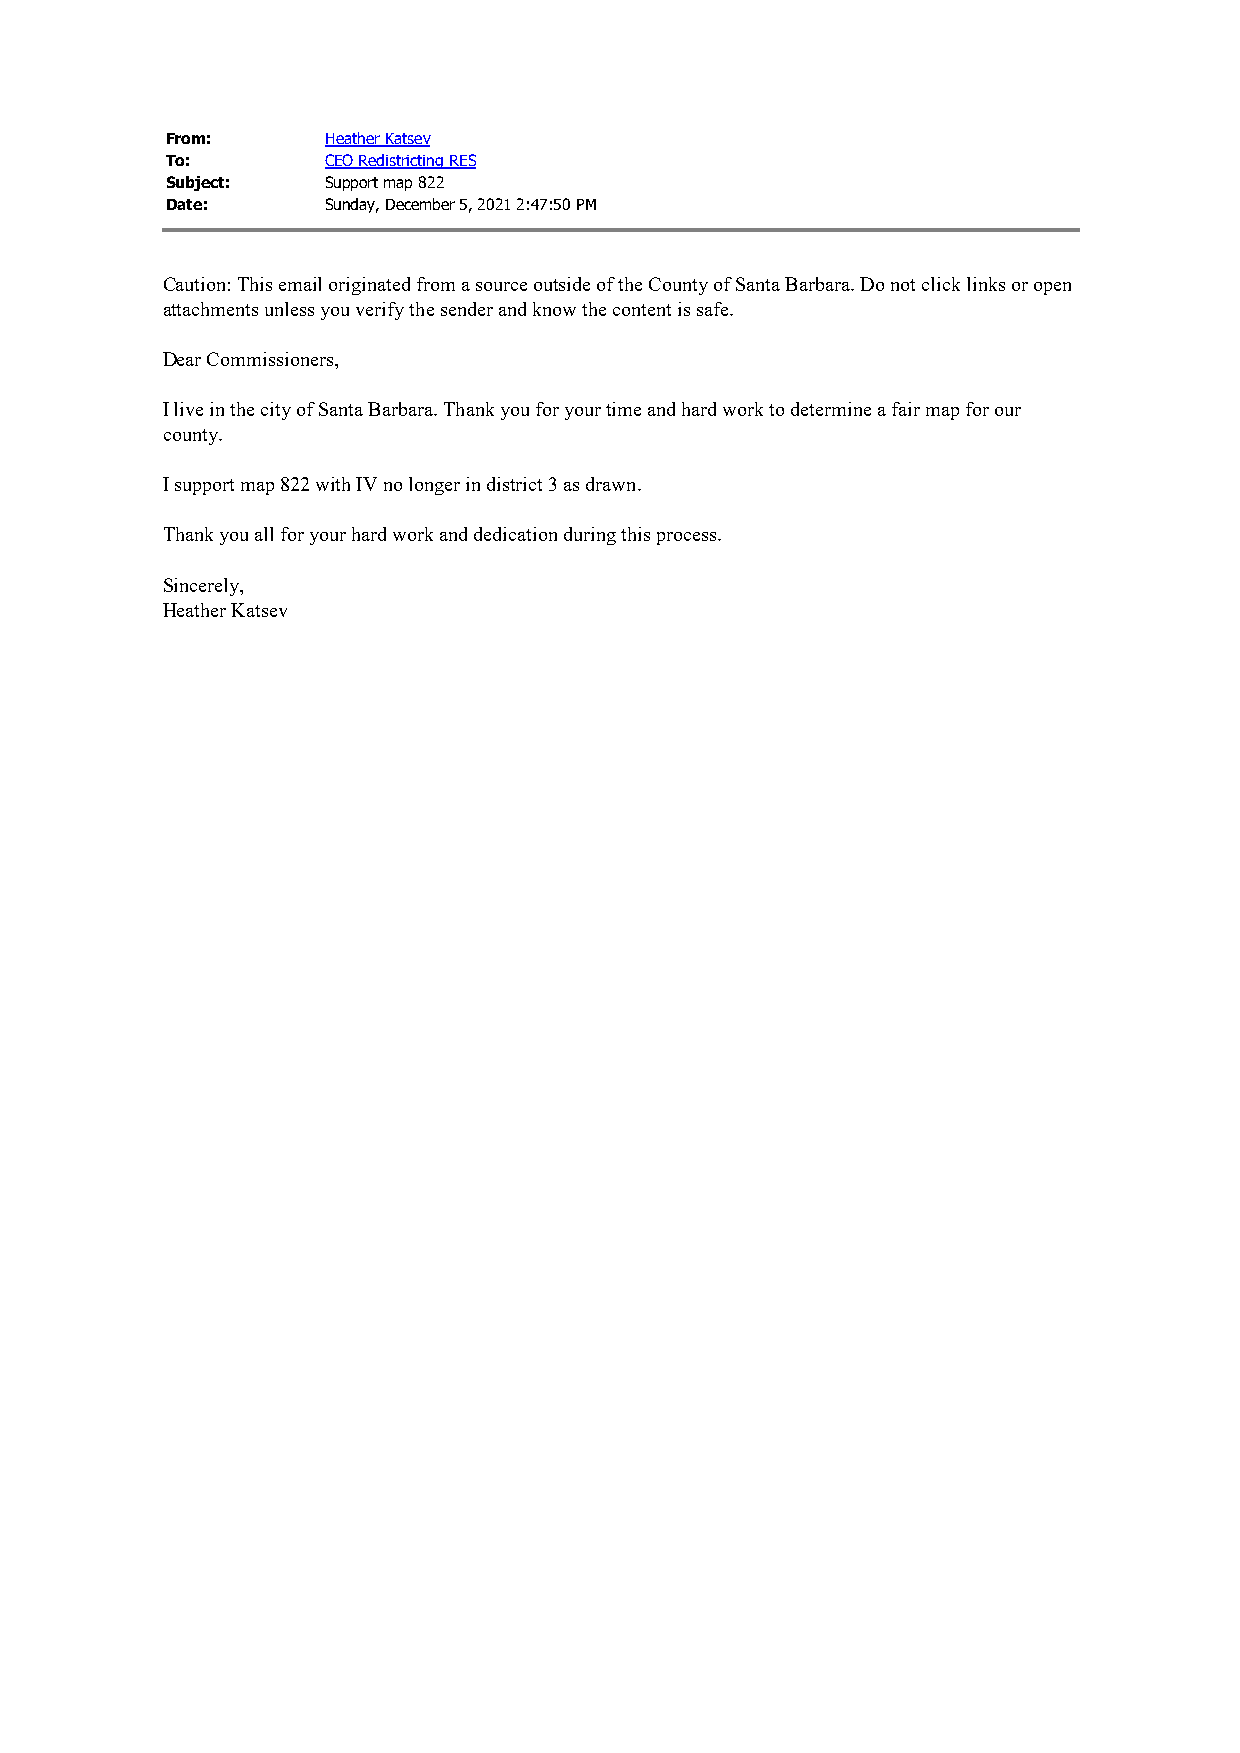
From:      Heather Katsev
 To:        CEO Redistricting RES
 Subject:   Support map 822
 Date:      Sunday, December 5, 2021 2:47:50 PM
 Caution: This email originated from a source outside of the County of Santa Barbara. Do not click links or open
 attachments unless you verify the sender and know the content is safe.
 Dear Commissioners,
 I live in the city of Santa Barbara. Thank you for your time and hard work to determine a fair map for our
 county.
 I support map 822 with IV no longer in district 3 as drawn.
 Thank you all for your hard work and dedication during this process.
 Sincerely,
 Heather Katsev